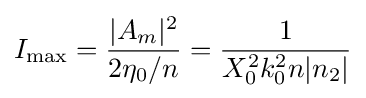
I_{\max }={\frac {|A_{m}|^{2}}{2\eta _{0}/n}}={\frac {1}{X_{0}^{2}k_{0}^{2}n|n_{2}|}}